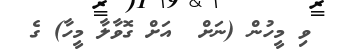
ވި މީހުން (ނަށް  އަށް ގޮވާލާ މީހާ) ގެ